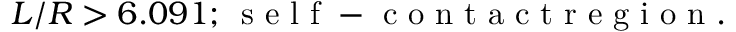
L / R > 6 . 0 9 1 ; \, \mathrm { ~ s ~ e ~ l ~ f ~ - ~ c ~ o ~ n ~ t ~ a ~ c ~ t ~ r ~ e ~ g ~ i ~ o ~ n ~ } .